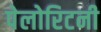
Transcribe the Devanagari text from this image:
पेलोरिटनी